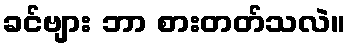
ခင်ဗျား ဘာ စားတတ်သလဲ။